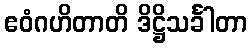
ဧဝံဂဟိတာတိ ဒိဋ္ဌိသင်္ခါတာ